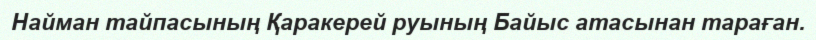
Найман тайпасының Қаракерей руының Байыс атасынан тараған.